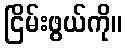
ငြိမ်းဖွယ်ကို။